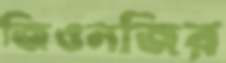
জিওনজির